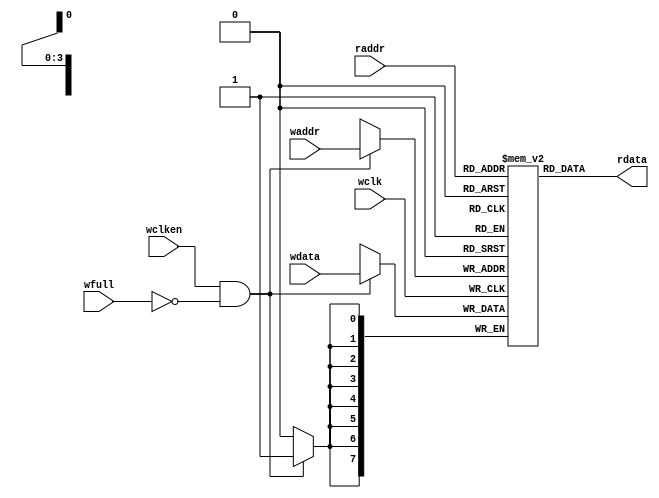
module fifomem (
 output [8-1:0] rdata,
 input [8-1:0] wdata,
 input [4-1:0] waddr, raddr,
 input wclken, wfull, wclk);
 
		localparam DEPTH = 1<<4;
		reg [8-1:0] mem [0:DEPTH-1];
		assign rdata = mem[raddr];
		always @(posedge wclk)
			if (wclken && !wfull) 
				mem[waddr] <= wdata;
endmodule